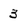
Character: 3